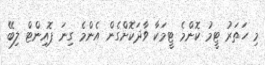
މި ހަތަރު ޓީމު ކޮންމެ ޓީމަކާ ވާދަކޮށްގެން އެންމެ ގިނަ ޕޮއިންޓް ލިބޭ